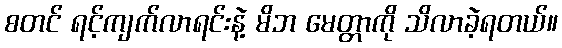
စတင် ရင့်ကျက်လာရင်းနဲ့ မိဘ မေတ္တာကို သိလာခဲ့ရတယ်။